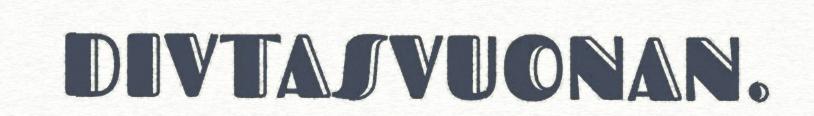
DIVTASVUONAN.